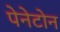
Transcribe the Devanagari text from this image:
पेनेटोन